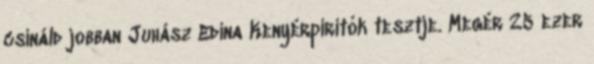
csináld jobban Juhász Edina Kenyérpirítók tesztje. Megér 25 ezer